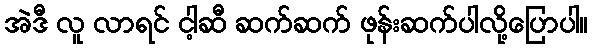
အဲဒီ လူ လာရင် ငါ့ဆီ ဆက်ဆက် ဖုန်းဆက်ပါလို့ပြောပါ။